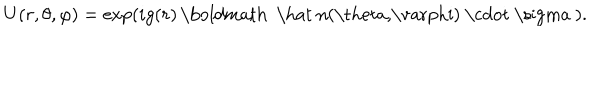
U ( r , \theta , \varphi ) = \exp ( i g ( r ) \, \mathrm { \boldmath ~ \hat { ~ } n ( \ t h e t a , \ v a r p h i ) ~ \cdot ~ \ s i g m a ~ } ) .